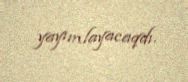
yayımlayacaqdı.